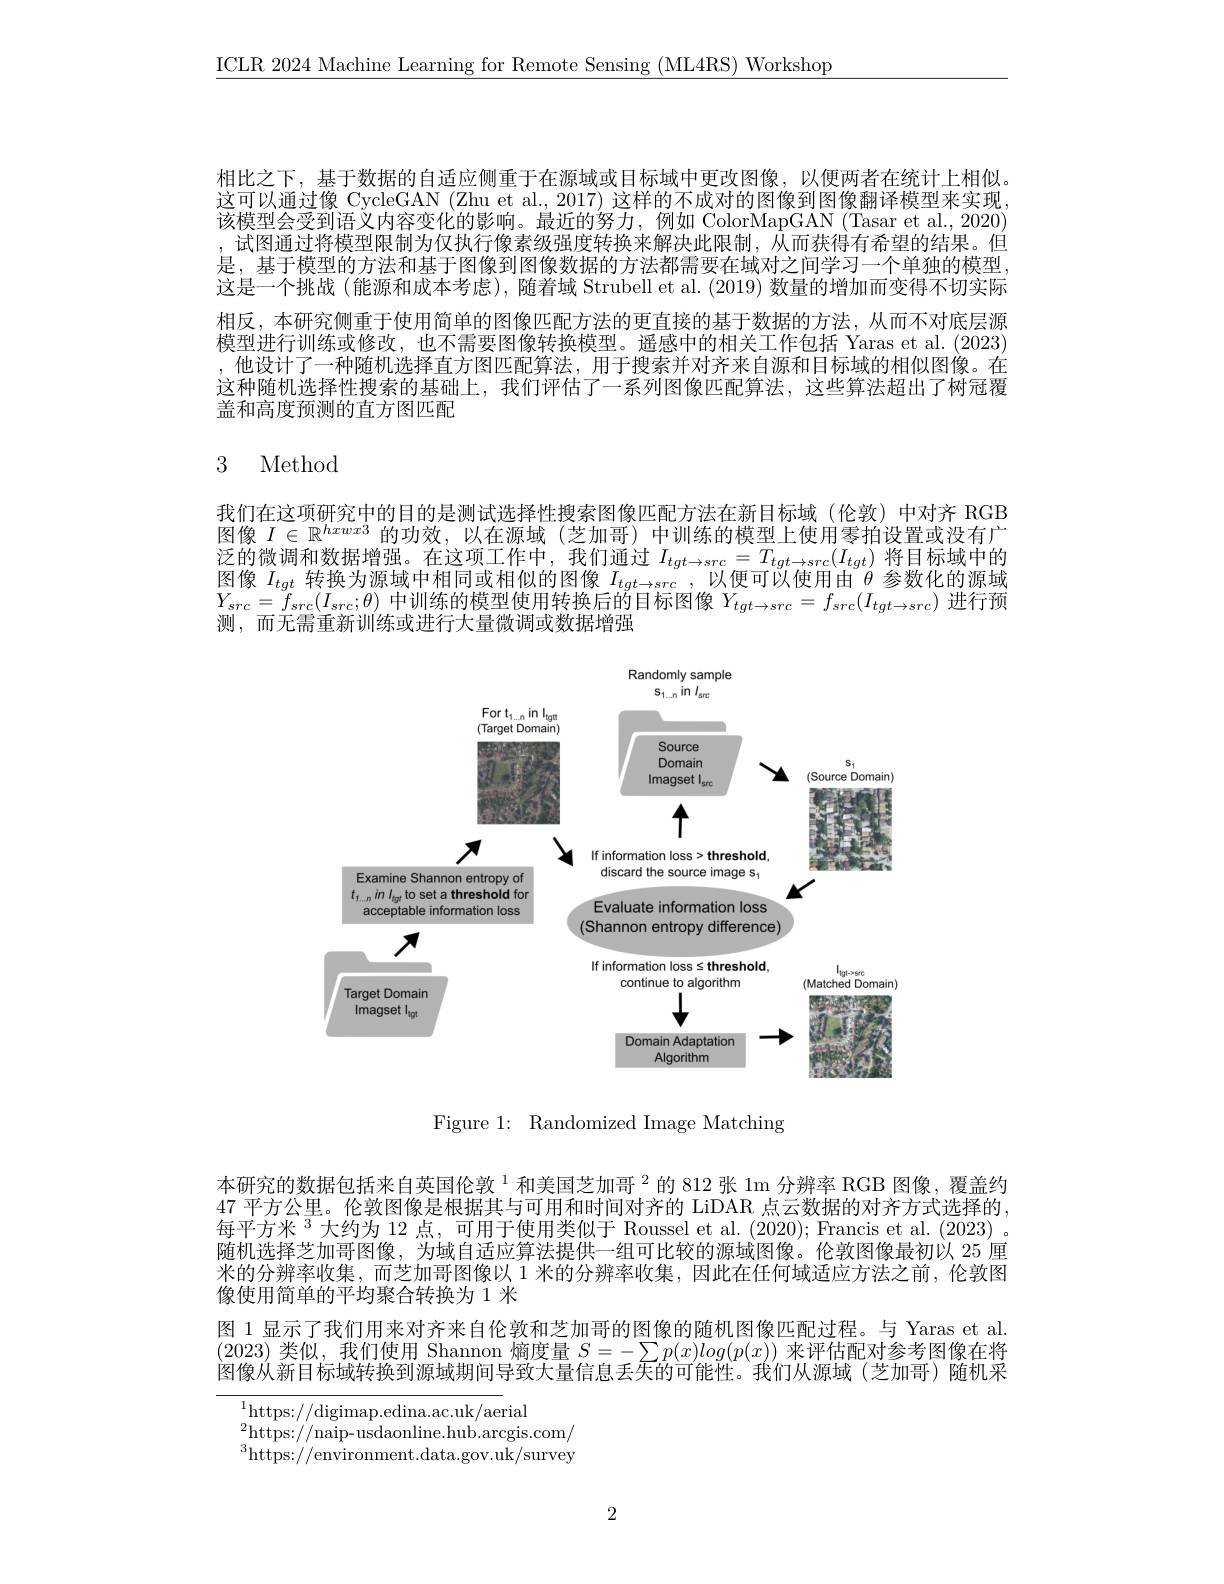
$\underline{\mathrm{ICLR~2024~Machine~Learning~for~Remote~Sensing~(ML4RS)~Workshop}}$

相比之下，基于数据的自适应侧重于在源域或目标域中更改图像，以便两者在统计上相似这可以通过像 CycleGAN (Zhu et al., 2017) 这样的不成对的图像到图像翻译模型来实现该模型会受到语义内容变化的影响。最近的努力，例如 ColorMapGAN (Tasar et al., 2020) ,试图通过将模型限制为仅执行像素级强度转换来解决此限制，从而获得有希望的结果。但是，基于模型的方法和基于图像到图像数据的方法都需要在域对之间学习一个单独的模型， 这是一个挑战(能源和成本考虑),随着域 Strubell et al. (2019) 数量的增加而变得不切实际相反，本研究侧重于使用简单的图像匹配方法的更直接的基于数据的方法，从而不对底层源模型进行训练或修改，也不需要图像转换模型。遥感中的相关工作包括 Yaras et al. (2023) ,他设计了一种随机选择直方图匹配算法，用于搜索并对齐来自源和目标域的相似图像。在这种随机选择性搜索的基础上，我们评估了一系列图像匹配算法，这些算法超出了树冠覆盖和高度预测的直方图匹配

# 3 Method

我们在这项研究中的目的是测试选择性搜索图像匹配方法在新目标域(伦敦)中对齐 RGB 图像$I\in\mathbb{R}^{hxwx3}$的功效，以在源域 (芝加哥) 中训练的模型上使用零拍设置或没有广泛的微调和数据增强。在这项工作中，我们通过$I_tgt\to src=T_{tgt\to src}(I_{tgt})$将目标域中的网饰$I_{tt\text{也并证找中担同式担们的网络}}I_{tgt\to src}=T_{tgt\to src}(I_{tgt})$将目标域中的图像$I_tgt$转换为源域中相同或相似的图像$I_tgt\to src$,以便可以使用由$\theta$参数化的源域$Y_{src}=\overline{f}_{src}(I_{src};\theta)$中训练的模型使用转换后的目标图像$Y_tgt\to src=f_{src}(I_{tgt\to src})$进行预测，而无需重新训练或进行大量微调或数据增强

<FigureHere>

Figure 1: Randomized Image Matching

本研究的数据包括来自英国伦敦$^{1}$和美国芝加哥$^{2}$的 812 张 1m 分辨率 RGB 图像，覆盖约47 平方公里。伦敦图像是根据其与可用和时间对齐的 LiDAR 点云数据的对齐方式选择的， 每平方米$^3$大约为 12 点，可用于使用类似于 Roussel et al. (2020); Francis et al. (2023) 。随机选择芝加哥图像，为域自适应算法提供一组可比较的源域图像。伦敦图像最初以 25 厘米的分辨率收集，而芝加哥图像以 1 米的分辨率收集，因此在任何域适应方法之前，伦敦图像使用简单的平均聚合转换为 1 米
图 1 显示了我们用来对齐来自伦敦和芝加哥的图像的随机图像匹配过程。与 Yaras et al. (2023)类似，我们使用 Shannon 熵度量$S=-\sum p(x)log(p(x))$来评估配对参考图像在将图像从新目标域转换到源域期间导致大量信息丢失的可能性。我们从源域 (芝加哥)随机采

$^{1}$https://digimap.edina.ac.uk/aerial
${}^{2}$https://naip-usdaonline.hub.arcgis.com/ $^{3}$https://environment.data.gov.uk/survey

2